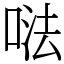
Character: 𠵽